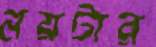
নয়টার